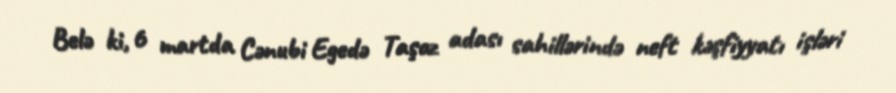
Belə ki, 6 martda Cənubi Egedə Taşoz adası sahillərində neft kəşfiyyatı işləri